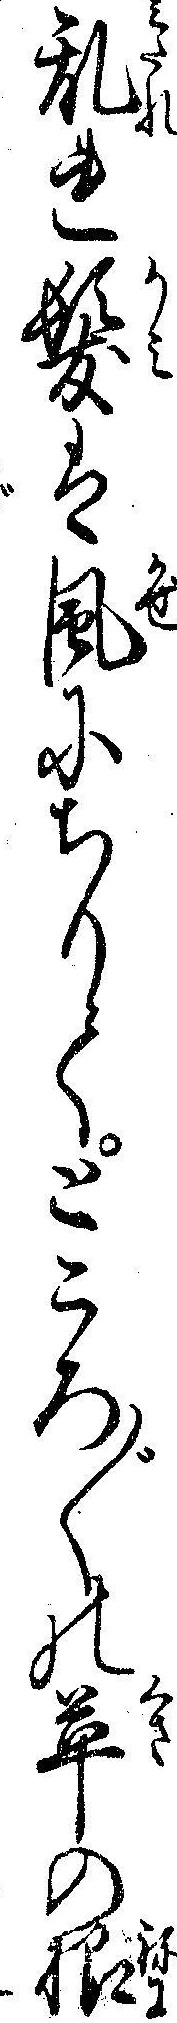
乱れ髪は風にちりてところ〲の草の根